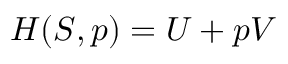
H ( S , p ) = U + p V